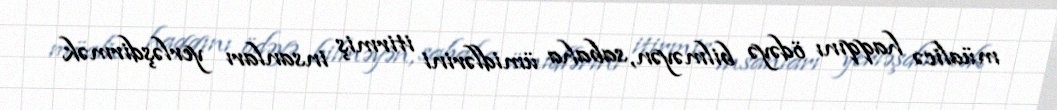
müalicə haqqını ödəyə bilməyən, sabaha ümidlərini itirmiş insanları yerləşdirmək